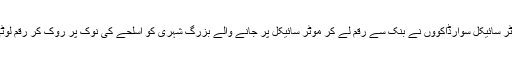
بہادر آباد میں 2موٹر سائیکل سوارڈاکوؤں نے بنک سے رقم لے کر موٹر سائیکل پر جانے والے بزرگ شہری کو اسلحے کی نوک پر روک کر رقم لوٹی اور فرار ہوگئے۔